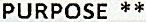
PURPOSE **